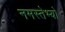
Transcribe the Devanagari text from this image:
नमस्तेभ्यो